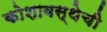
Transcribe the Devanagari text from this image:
कोशावस्थेची